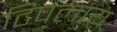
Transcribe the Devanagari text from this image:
टिपलाय